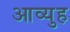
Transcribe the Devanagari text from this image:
आव्युह